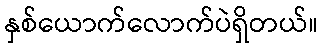
နှစ်ယောက်လောက်ပဲရှိတယ်။